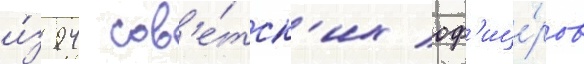
и́з 94 сов'е́тск'их оф'ице́ров